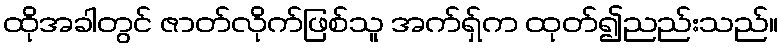
ထိုအခါတွင် ဇာတ်လိုက်ဖြစ်သူ အက်ရှ်က ထုတ်၍ညည်းသည်။